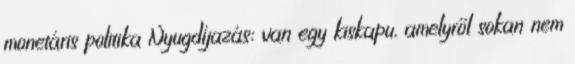
monetáris politika Nyugdíjazás: van egy kiskapu, amelyről sokan nem